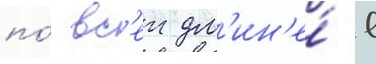
по́ вс'еи дл'ин'е́ в